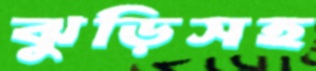
ঝুড়িসহ